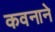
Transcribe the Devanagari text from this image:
कवनाने